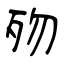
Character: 歾